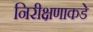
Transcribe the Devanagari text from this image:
निरीक्षणाकडे